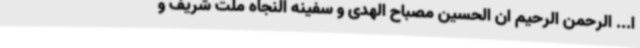
ا... الرحمن الرحیم ان الحسین مصباح الهدی و سفینه النجاه ملت شریف و